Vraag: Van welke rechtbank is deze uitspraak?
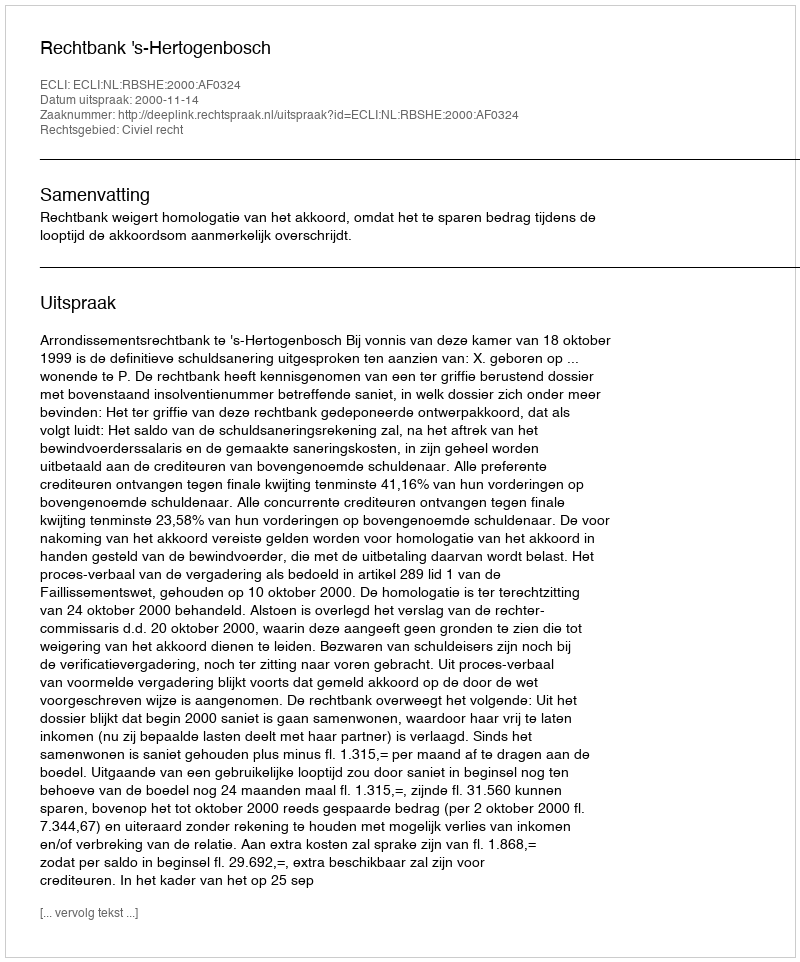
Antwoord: Rechtbank 's-Hertogenbosch